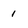
Character: 1